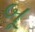
બૂ